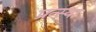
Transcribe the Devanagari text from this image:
प्रन्स्था